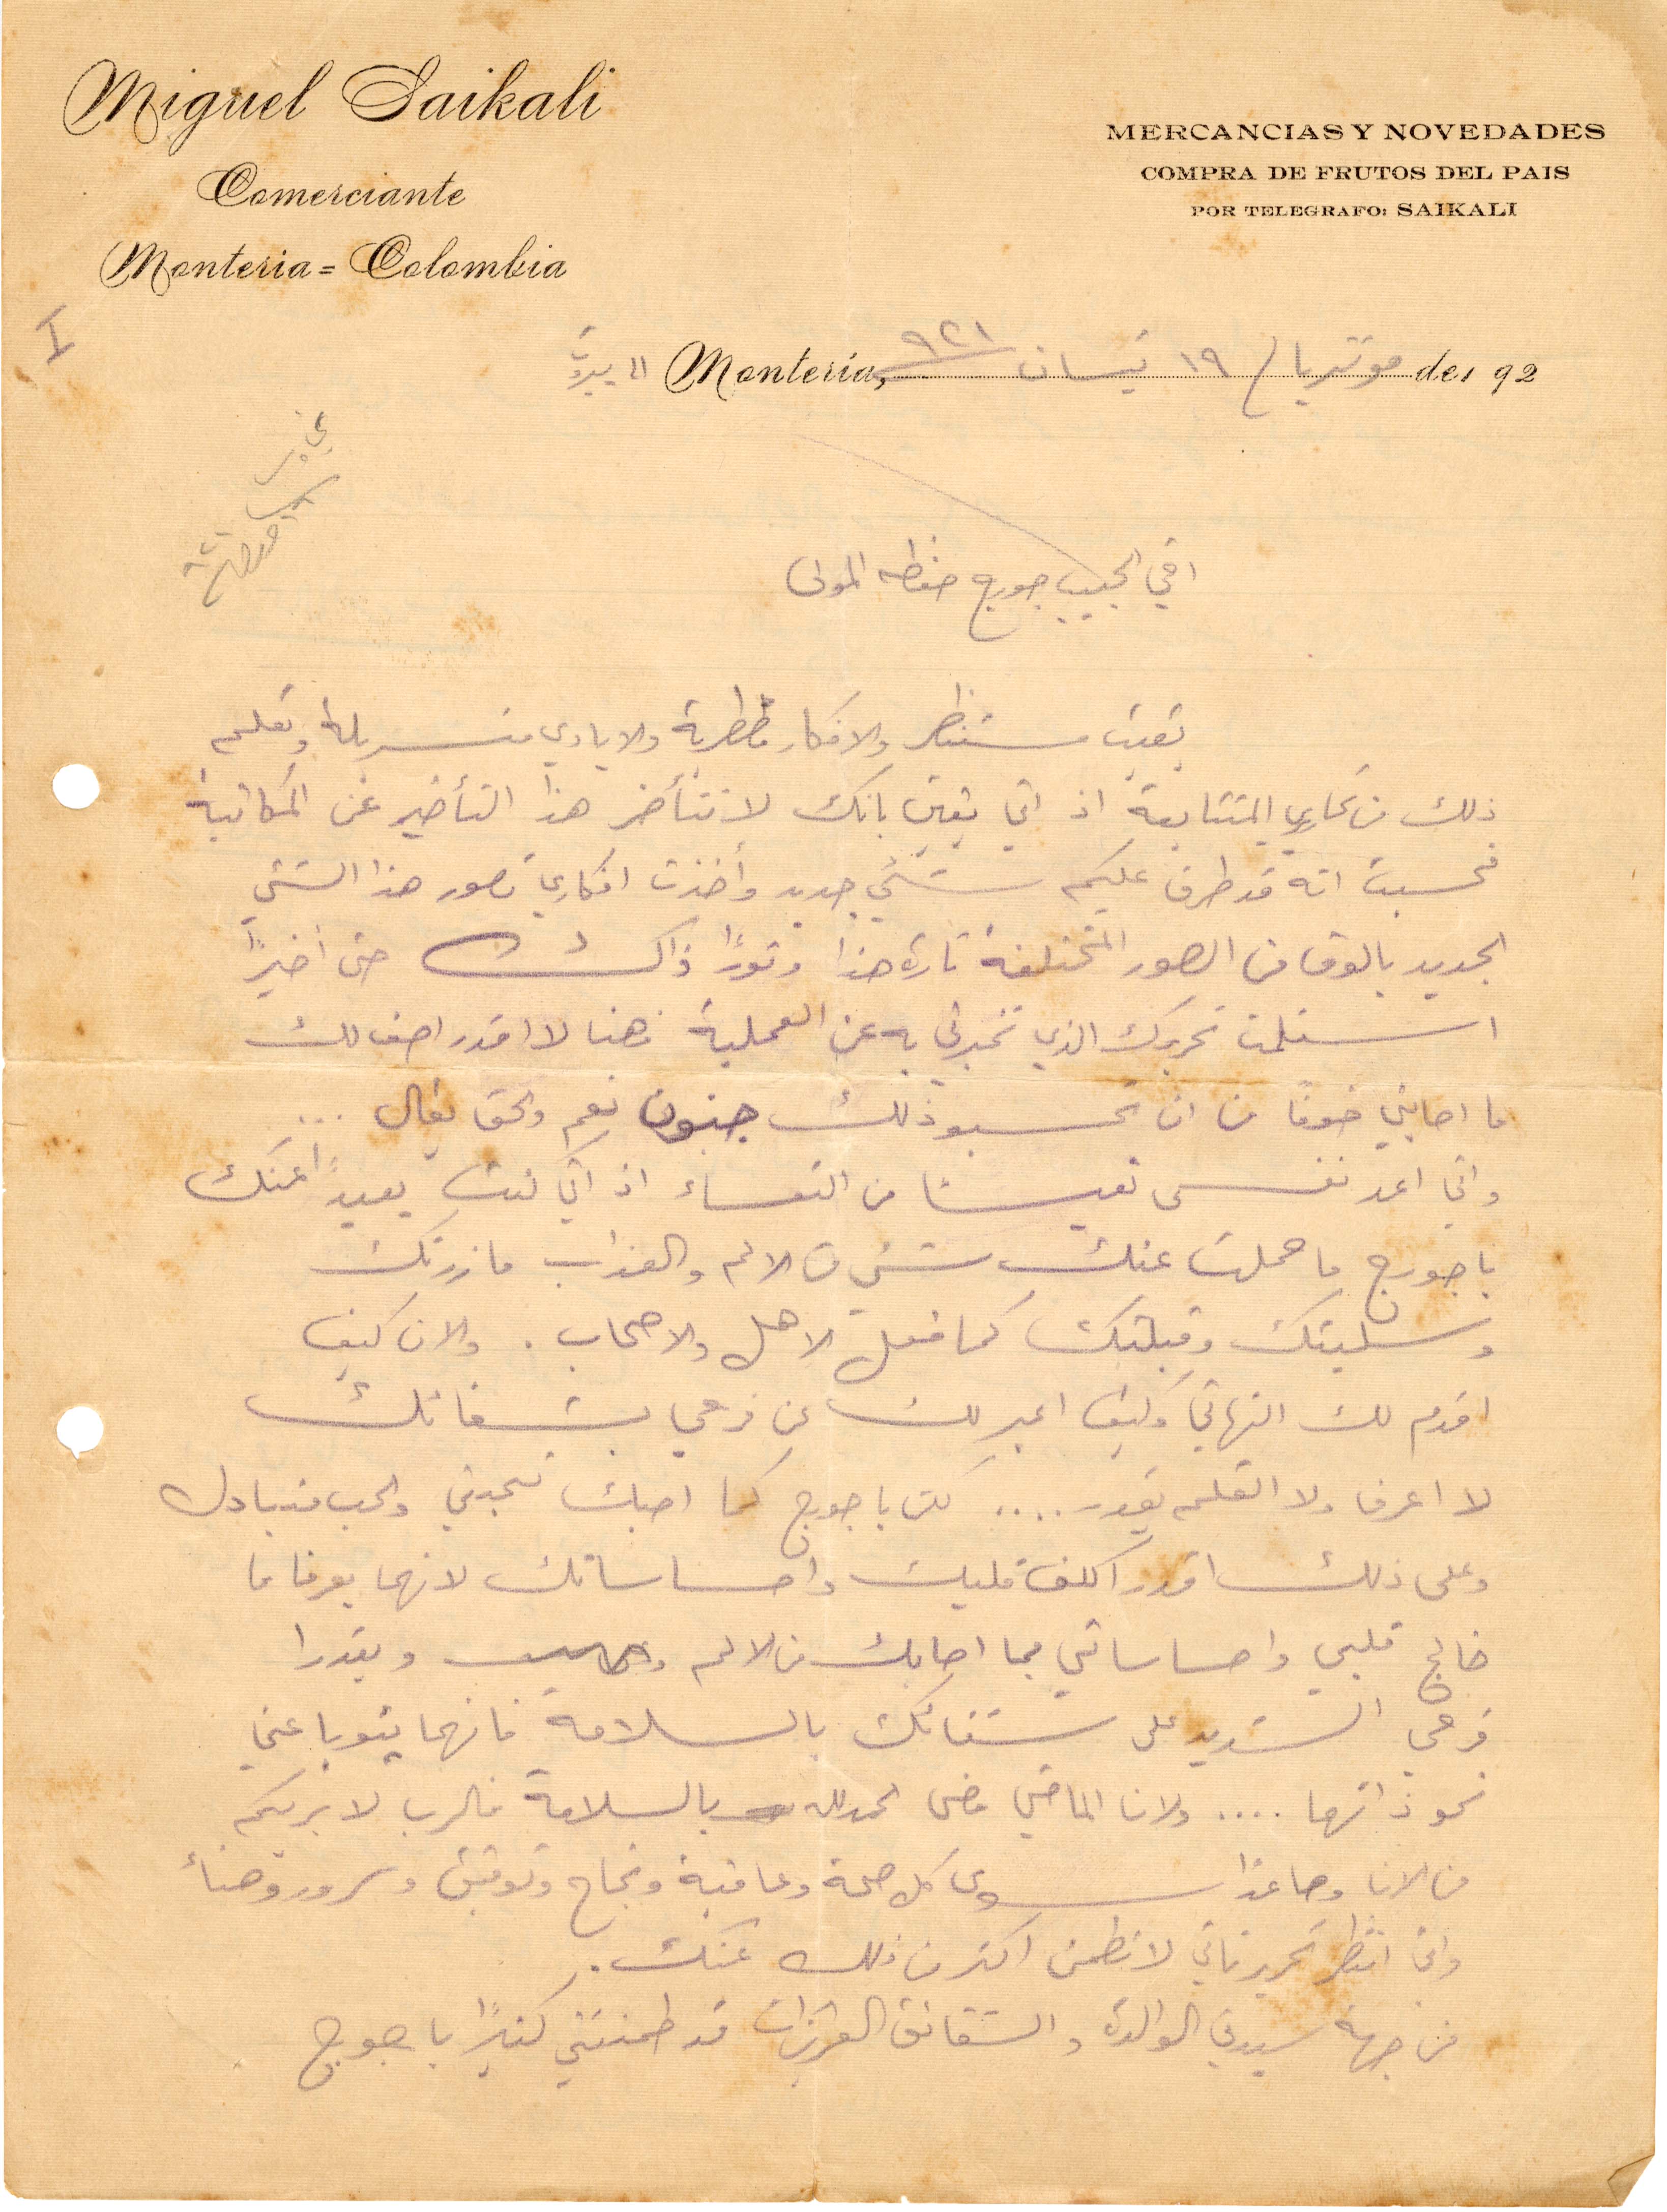
اخي الحبيب جورج حفظه المولى
بقيت مستنظر والأفكار مضطربة والايادي متسربلة وتعلم
ذلك من تحارير المتتابعة اذ اني يقين بانك لا تتأخر هذا التأخير عن المكاتبة
فحسيت انه قد طرق عليكم شيء جديد وأخذت افكاري تصور هذا الشيء
الجديد بالوف من الصور المختلفة تارة هذا وتورًا ذاك حتى اخيرًا
استلمت تحريرك الذي تخبرني به عن العملية فهنا لا اقدر اصف لك
ما ابني خوفًا من تحسبو ذلك جنون نعم والحق تعالى...
انا اعد نفسي تعيسًا من التعساء اذ اني كنت بعيدًا عنك
يا جورج ما حملت عنك شيء من الألم والعذاب ما زرتك
وسليتك وقبلتك كما فعل الاهل والاصحاب. والان كيف
اقدم لك التهاني وكيف اعبر لك عن فرحي بشفائك
لا اعرف ولا القلم يقدر... لكن يا جورج كما احبك تحبني والحب متبادل
وعلى ذلك اقدر كلف قليك واحساساتك لانهما يعرفا ما
خالج قلبي واحساساتي بما اصابك من الألم ويقدرا
فرحي الشديد على شفائك بالسلامة فانهما يتوبا عني
نحو ذاتهما... ولان الماضي مضى الحمدالله بالسلامة فالرب لا يريكم
من الآن وصاعدًا سوى كل صحة وعافية ونجاح وتوفيق وسرور وهناء
واني نتظر تحرير ثاني لاتطمن اكتر من ذلك عند.
من جهة سيديت الوالدة والشقائق العزيزات قد طمنتني كثيرًا يا جورج